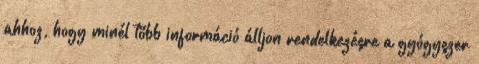
ahhoz, hogy minél több információ álljon rendelkezésre a gyógyszer